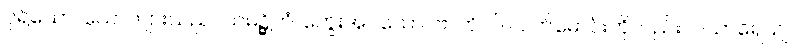
ပုရိသော၊ ယောကျ်ားသည်။ သမဉ္ဆိတံ၊ ကွေးအပ်သော။ ဗာဟံ ဝါ၊ လက်မောင်းကိုလည်း။ ပသာရေယျ